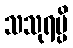
သသုရမ္ပိ